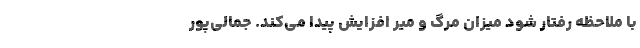
با ملاحظه رفتار شود میزان مرگ و میر افزایش پیدا می‌کند. جمالی‌پور